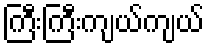
ကြီးကြီးကျယ်ကျယ်